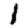
Digit: 1